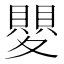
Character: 𭐯